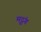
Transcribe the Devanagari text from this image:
मृदुंग